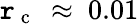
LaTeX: \mathtt{r}_{\mathrm{{~c~}}}~\approx~0.01